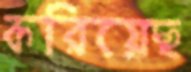
করিয়েছ